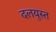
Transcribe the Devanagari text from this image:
दलयुस्त